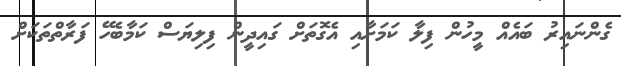
ގެންނައިރު ބައެއް މީހުން ފިލާ ކަމަށާއި އެގޮތަށް ގައިދީން ފިލިޔަސް ކަމާބެހޭ ފަރާތްތަކަށް